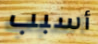
أسبب